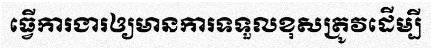
ធ្វើការងារឲ្យមានការទទួលខុសត្រូវដើម្បី